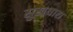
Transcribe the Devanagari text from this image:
सुखधारा